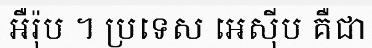
អឺរ៉ុប ។ ប្រទេស អេស៊ីប គឺជា